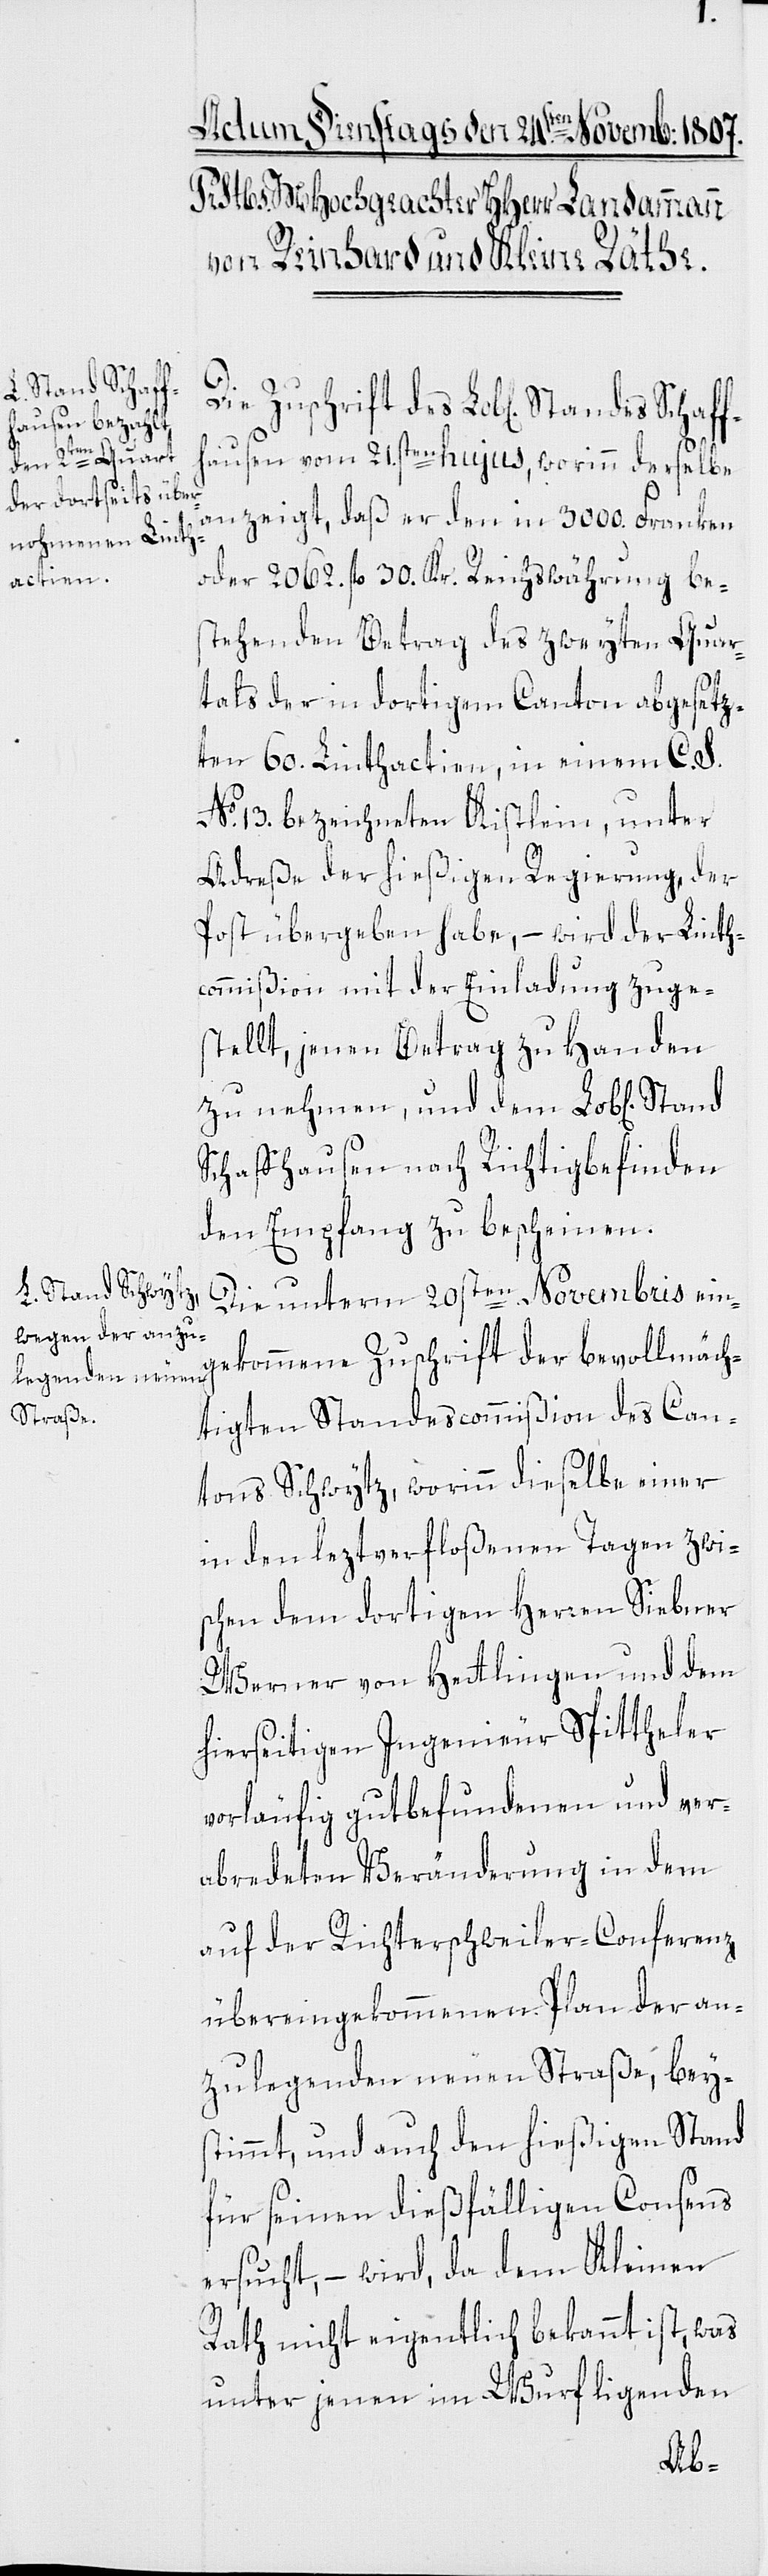
Die Zuschrift des Lob[lichen] Stand¬
es
Stand
hausen vom 21sten hujus, worinn derselbe
anzeigt, daß er den in 3000. Franken
oder 2062. fl. 30. Kr. Reichswährung be¬
stehenden Betrag des zweyten Quar¬
tals der in dortigem Canton abgesetz¬
ten 60. Linthactien, in einem C. S.
No 13. bezeichneten Kistlein, unter
Adreße der hießigen Regierung, der
Post übergeben habe, – wird der Linth¬
commißion mit der Einladung zuge¬
stellt, jenen Betrag zu Handen
zu nehmen, und dem Lob[lichen]
Schaffhausen nach Richtigbefinden
den Empfang zu bescheinen.
Die unterm 20sten Novembris ein¬
gekommene Zuschrift der bevollmäch¬
tigten Standescommißion des Can¬
tons Schwytz, worinn dieselbe einer
in den leztverfloßenen Tagen zwi¬
schen dem dortigen Herren Siebner
Werner von Hettlingen und dem
hierseitigen Ingenieur Spittheler
vorläufig gutbefundenen und ver¬
abredeten Veränderung in dem
auf der Richterschweiler-Conferenz
übereingekommenen Plan der an¬
zulegenden neuen Straße, beys¬
timmt, und auch dem hießigen Stand
für seinen dießfälligen Consens
ersucht, – wird, da dem Kleinen
Rath nicht eigentlich bekannt ist, was
unter jenen im Wurf ligenden